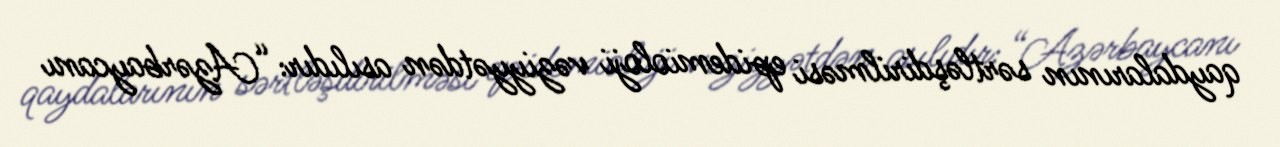
qaydalarının sərtləşdirilməsi epidemioloji vəziyyətdən asılıdır: “Azərbaycanı